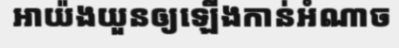
អាយ៉ងយួនឲ្យឡើងកាន់អំណាច